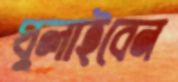
ঘুলাইবেন